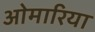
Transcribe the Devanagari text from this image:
ओमारिया